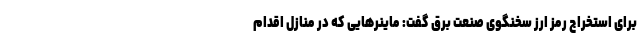
برای استخراج رمز ارز سخنگوی صنعت برق گفت: ماینرهایی که در منازل اقدام